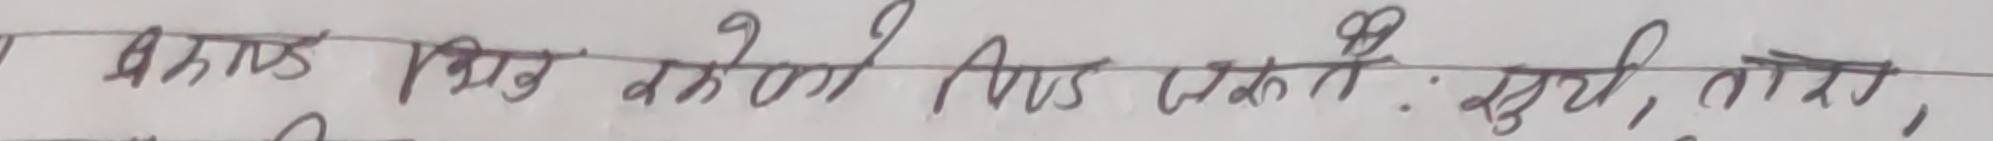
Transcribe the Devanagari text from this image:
प्रकाश विद्युतको नियम लेख्ने । सूर्य, तारे,